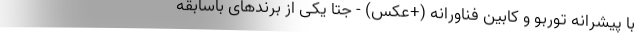
با پیشرانه توربو و کابین فناورانه (+عکس) - جِتا یکی از برندهای باسابقه